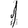
Digit: 1